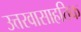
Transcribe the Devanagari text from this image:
उत्तरवासाहतिक